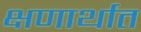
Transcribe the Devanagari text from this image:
क्षणार्थात